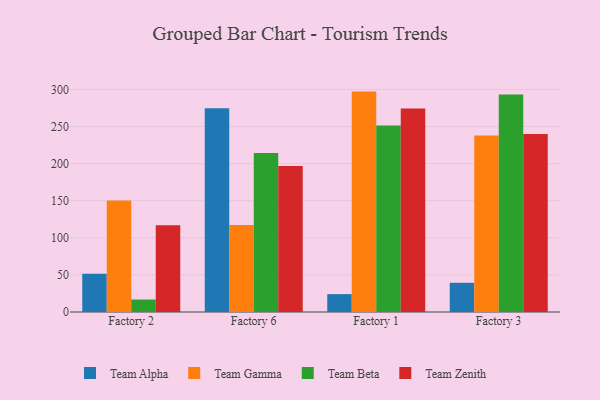
{"axis": {"x": "Factory", "y": "Tickets Resolved"}, "legend": ["Team Alpha", "Team Beta", "Team Gamma", "Team Zenith"], "data": [{"x": "Factory 2", "y": 51.4, "type": "Team Alpha"}, {"x": "Factory 2", "y": 150.4, "type": "Team Gamma"}, {"x": "Factory 2", "y": 16.8, "type": "Team Beta"}, {"x": "Factory 2", "y": 116.8, "type": "Team Zenith"}, {"x": "Factory 6", "y": 274.8, "type": "Team Alpha"}, {"x": "Factory 6", "y": 117.4, "type": "Team Gamma"}, {"x": "Factory 6", "y": 214.5, "type": "Team Beta"}, {"x": "Factory 6", "y": 196.7, "type": "Team Zenith"}, {"x": "Factory 1", "y": 24.1, "type": "Team Alpha"}, {"x": "Factory 1", "y": 297.1, "type": "Team Gamma"}, {"x": "Factory 1", "y": 251.4, "type": "Team Beta"}, {"x": "Factory 1", "y": 274.2, "type": "Team Zenith"}, {"x": "Factory 3", "y": 39.4, "type": "Team Alpha"}, {"x": "Factory 3", "y": 237.8, "type": "Team Gamma"}, {"x": "Factory 3", "y": 293.1, "type": "Team Beta"}, {"x": "Factory 3", "y": 240.0, "type": "Team Zenith"}]}